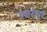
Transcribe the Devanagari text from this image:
बगरापुर